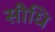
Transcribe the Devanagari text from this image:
सीधि